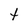
Character: t